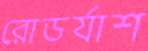
রোডর্যাশ